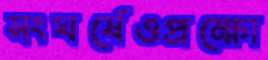
সংঘর্ষেওপ্রক্ষো